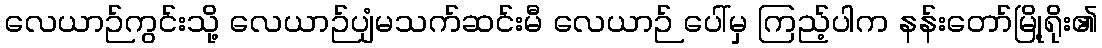
လေယာဉ်ကွင်းသို့ လေယာဉ်ပျံမသက်ဆင်းမီ လေယာဉ် ပေါ်မှ ကြည့်ပါက နန်းတော်မြို့ရိုး၏